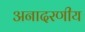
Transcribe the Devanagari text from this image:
अनादरणीय